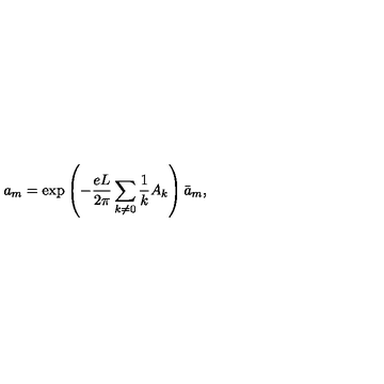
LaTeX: a _ { m } = \mathrm { e x p } \left( - \frac { e L } { 2 \pi } \sum _ { k \neq 0 } \frac { 1 } { k } A _ { k } \right) { \bar { a } } _ { m } ,